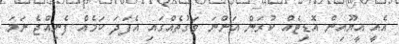
އެއީ އީޔޫއިން އޮޑިޓެއް ކުރަން އަންނަ ވަގުތެއްގައި އެފަދަ ކަމެއް ފެނިއްޖެ ނަމަ